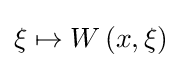
\xi \mapsto W\left(x,\xi \right)